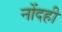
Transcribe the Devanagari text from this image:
नोंदही